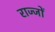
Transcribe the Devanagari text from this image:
राज्जों